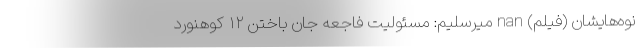
نوه‌‌هایشان (فیلم) nan میرسلیم: مسئولیت فاجعه جان باختن ۱۲ کوهنورد